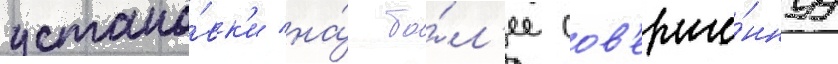
устано́вк'и на́ бо́л'ее сов'ерше́ннуу